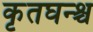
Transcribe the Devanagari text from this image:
कृतघन्श्च